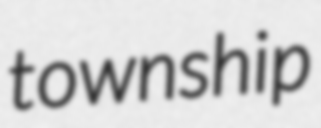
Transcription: township